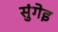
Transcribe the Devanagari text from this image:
सुंगेइ